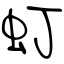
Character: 虰